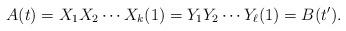
LaTeX: \begin{align*}A(t) = X_1X_2 \cdots X_k(1) = Y_1 Y_2 \cdots Y_{\ell}(1) = B(t').\end{align*}